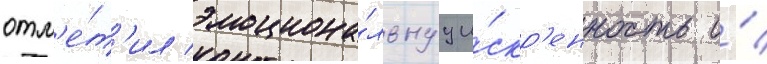
отм'е́т'ил эмоциона́льнуу и́скр'енность и́